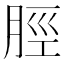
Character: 脛